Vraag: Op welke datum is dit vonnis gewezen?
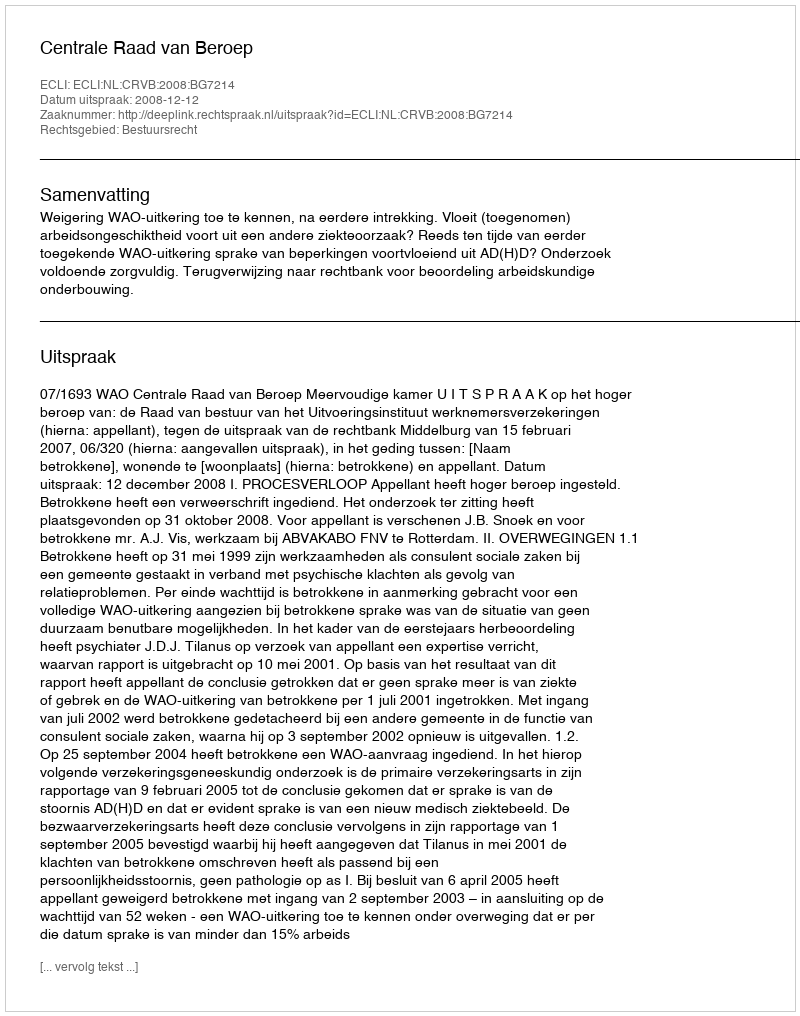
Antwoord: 2008-12-12